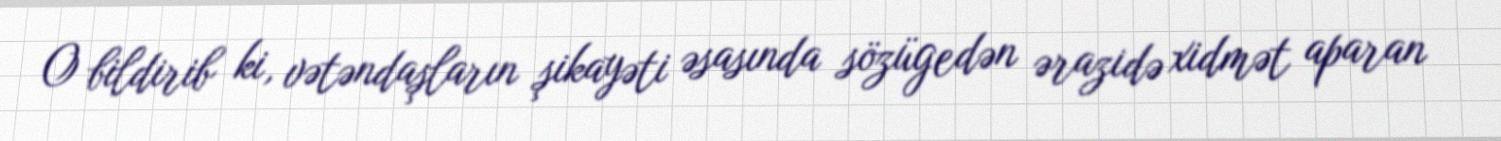
O bildirib ki, vətəndaşların şikayəti əsasında sözügedən ərazidə xidmət aparan